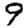
Digit: 9